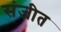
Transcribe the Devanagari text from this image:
संजीत